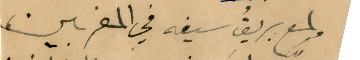
ولمع بريقُ سيفه في المغربين،